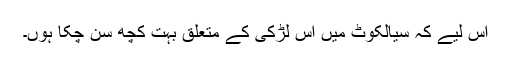
اس لیے کہ سیالکوٹ میں اس لڑکی کے متعلق بہت کچھ سُن چکا ہوں۔